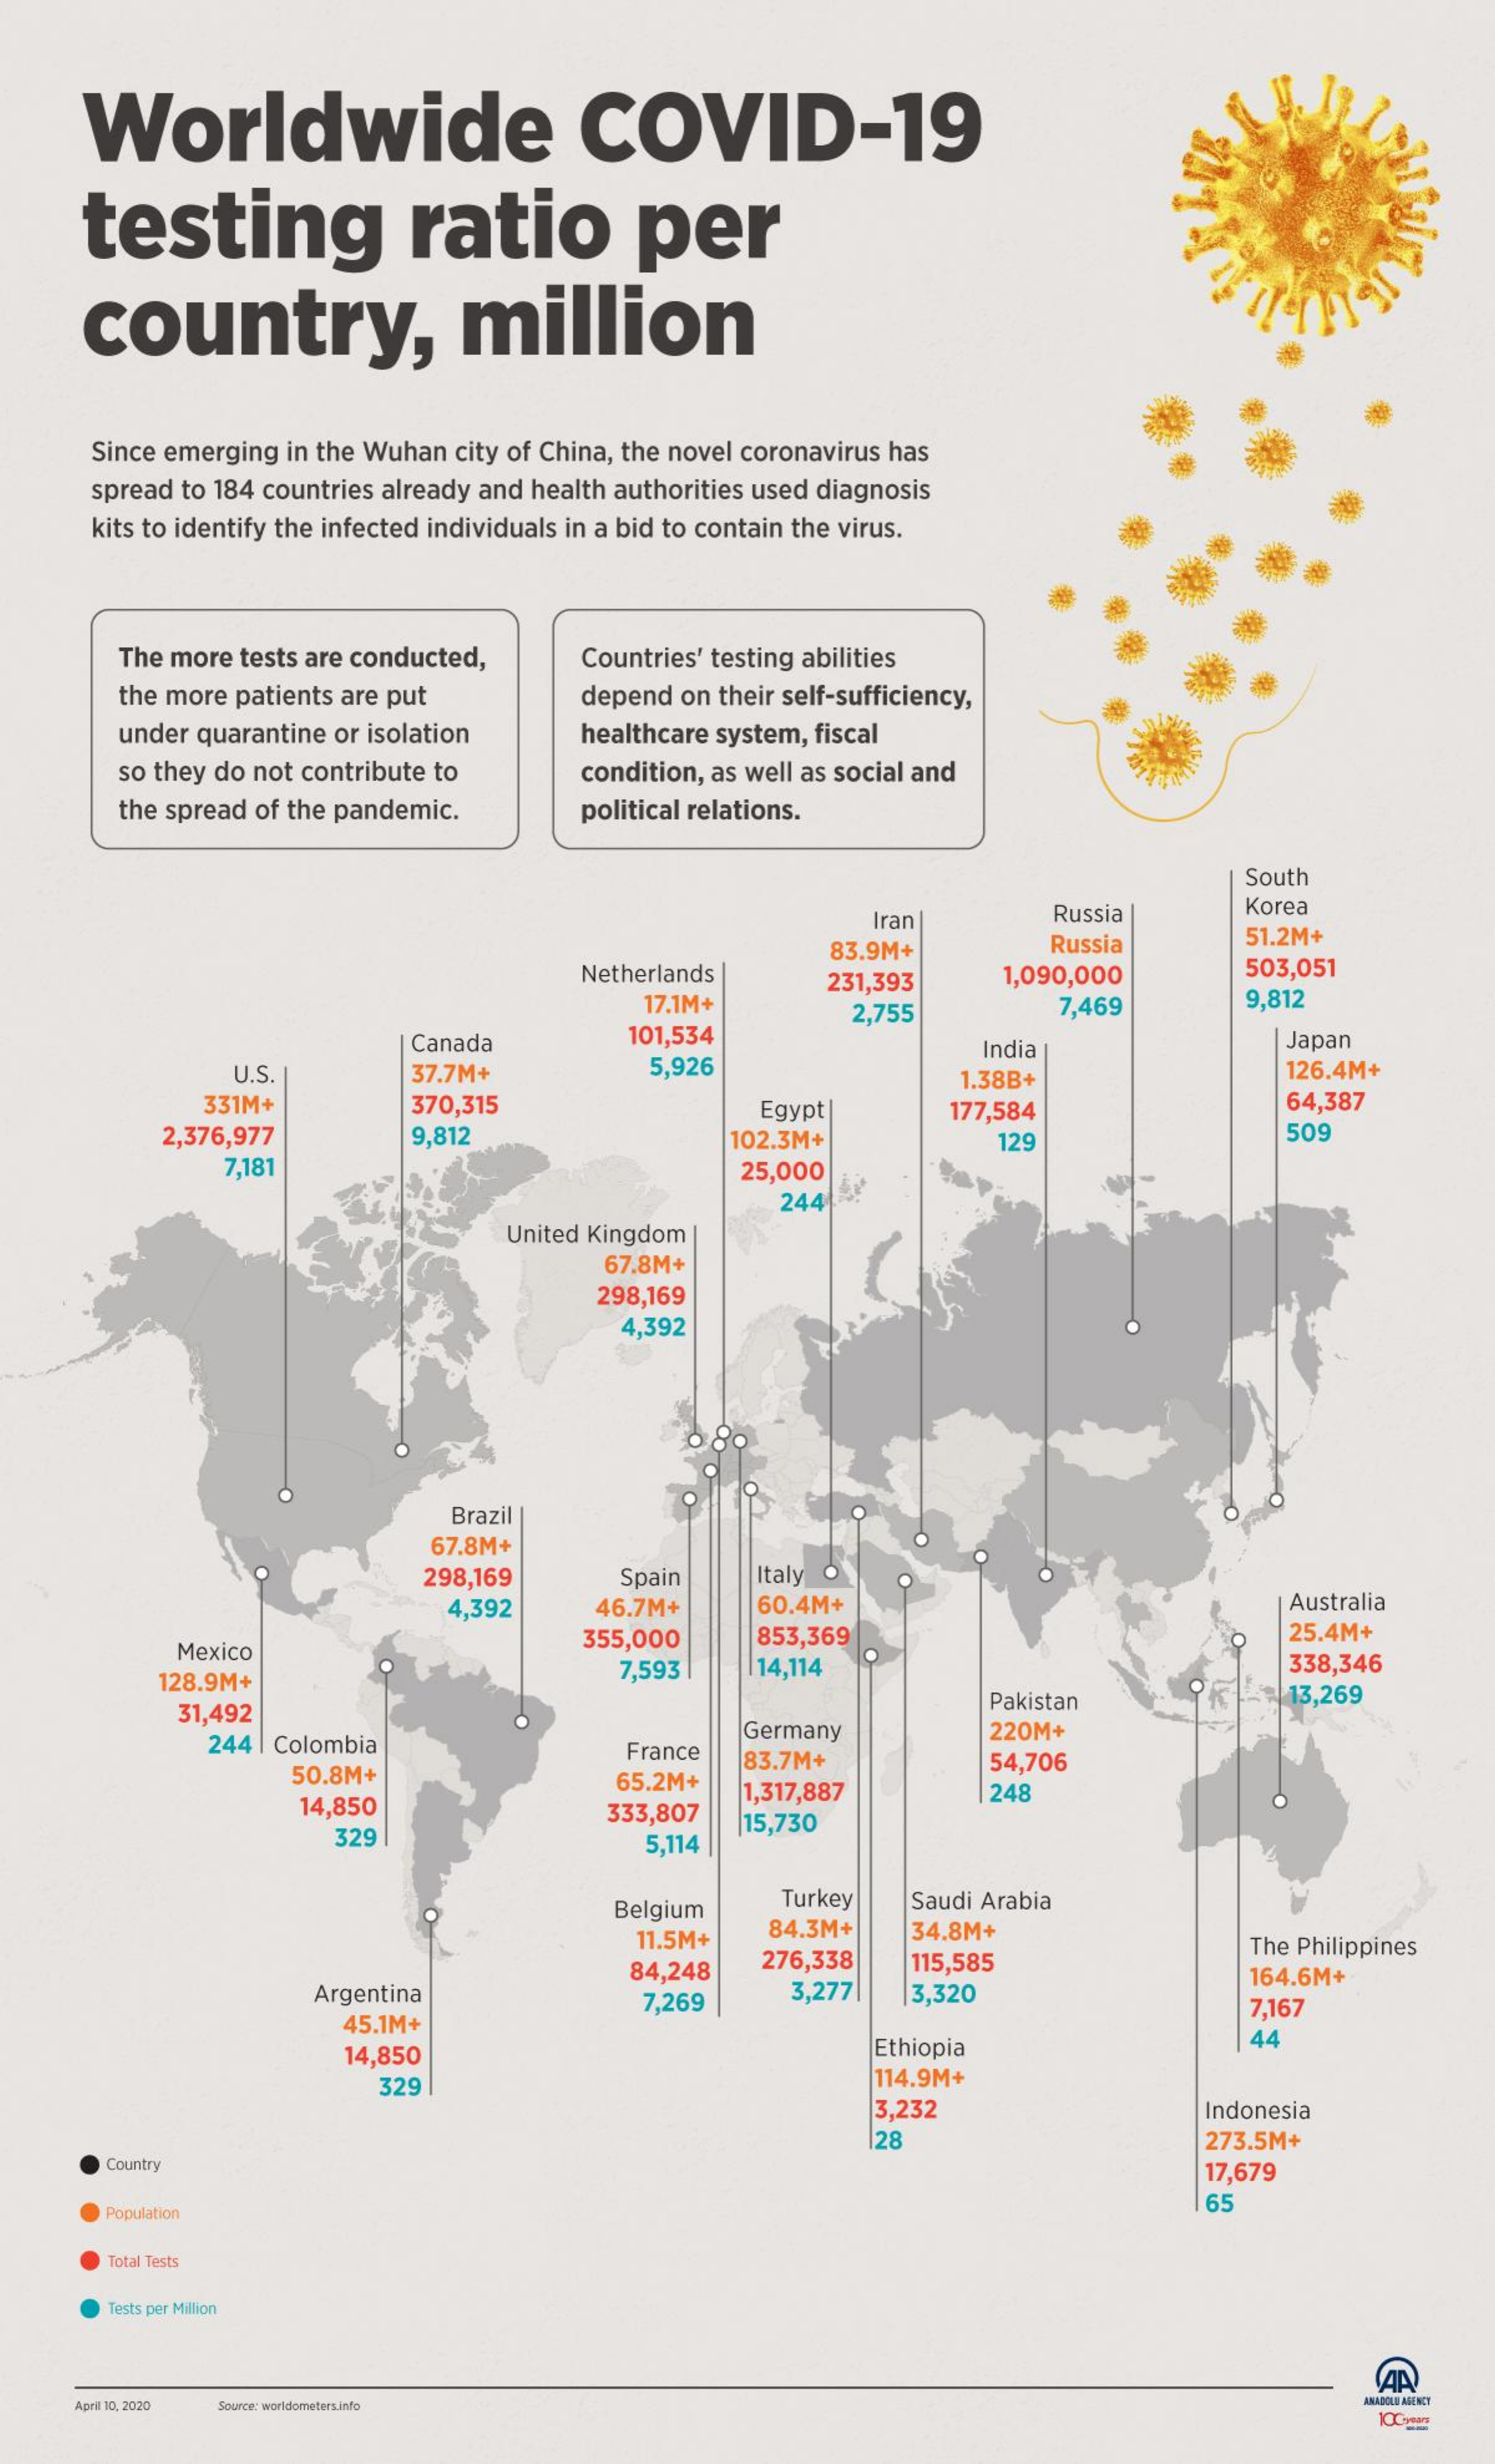
Worldwide    COVID-19
     testing    ratio    per
     country,    million
     Since emerging in the Wuhan city of China, the novel coronavirus has
     spread to 184 countries already and health authorities used diagnosis
     kits to identify the infected individuals in a bid to contain the virus.
     The more tests are conducted,    Countries' testing abilities
     the more patients are put    depend on their self-sufficiency,
     under quarantine or isolation    healthcare system, fiscal
     so they do not contribute to    condition, as well as social and
     the spread of the pandemic.    political relations.
     South
     Iran    Russia    Korea
     Russia    51.2M+
     Netherlands
     83.9M+
     1,090,000    503,051
     17.1M+
     231,393
     2,755    7,469    9,812
     Canada    101,534    Japan
     U.S.    37.7M+    5,926
     India
     1.38B+    126.4M+
     331M+    370,315    Egypt    177,584    64,387
     2,376,977    9,812    102.3M+    129    509
     7,181    25,000
     244
     United Kingdom
     67.8M+
     298,169
     4,392
     Brazil
     67.8M+
     298,169    Spain    Italy
     4,392    46.7M+    60.4M+    Australia
     Mexico
     355,000    853,369    25.4M+
     128.9M+
     7,593    14.114    338,346
     31,492    Pakistan    13,269
     244 | Colombia    Germany    220M+
     50.8M+
     France
     65.2M+
     83.7M+    54,706
     14,850    333,807
     1,317,887    248
     329    5,114
     15,730
     Belgium    Turkey    Saudi Arabia
     11.5M+    84.3M+    34.8M+
     84,248   276,338    115,585
     The Philippines
     Argentina    7,269    3,277    3,320
     164.6M+
     45.1M+
     7,167
     14,850    Ethiopia    44
     329    114.9M+
     3,232    Indonesia
     28    273.5M+
     Country    17,679
     Population
     65
     Total Tests
     ests per Million
     April 10. 2020 Source: worldometers.info    ANADOLU ALE NCT